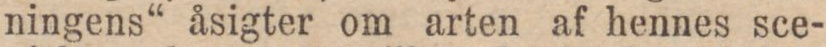
ningens“ åsigter om arten af hennes sce-